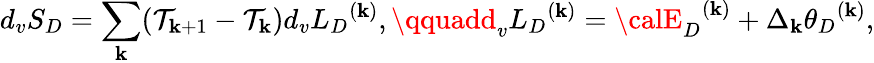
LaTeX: d_{v}S_{D}=\sum_{\mathbf{k}}(\mathcal{T}_{\mathbf{k}+1}-\mathcal{T}_{\mathbf{k}})d_{v}{L_{D}}^{(\mathbf{k})},\qquadd_{v}{L_{D}}^{(\mathbf{k})}={{\calE}_{D}}^{(\mathbf{k})}+\Delta_{\mathbf{k}}{\theta_{D}}^{(\mathbf{k})},